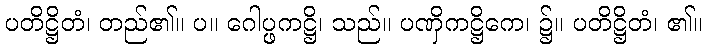
ပတိဋ္ဌိတံ၊ တည်၏။ ပ။ ဂေါပ္ဖကဋ္ဌိ၊ သည်။ ပဏှိကဋ္ဌိကေ၊ ၌။ ပတိဋ္ဌိတံ၊ ၏။